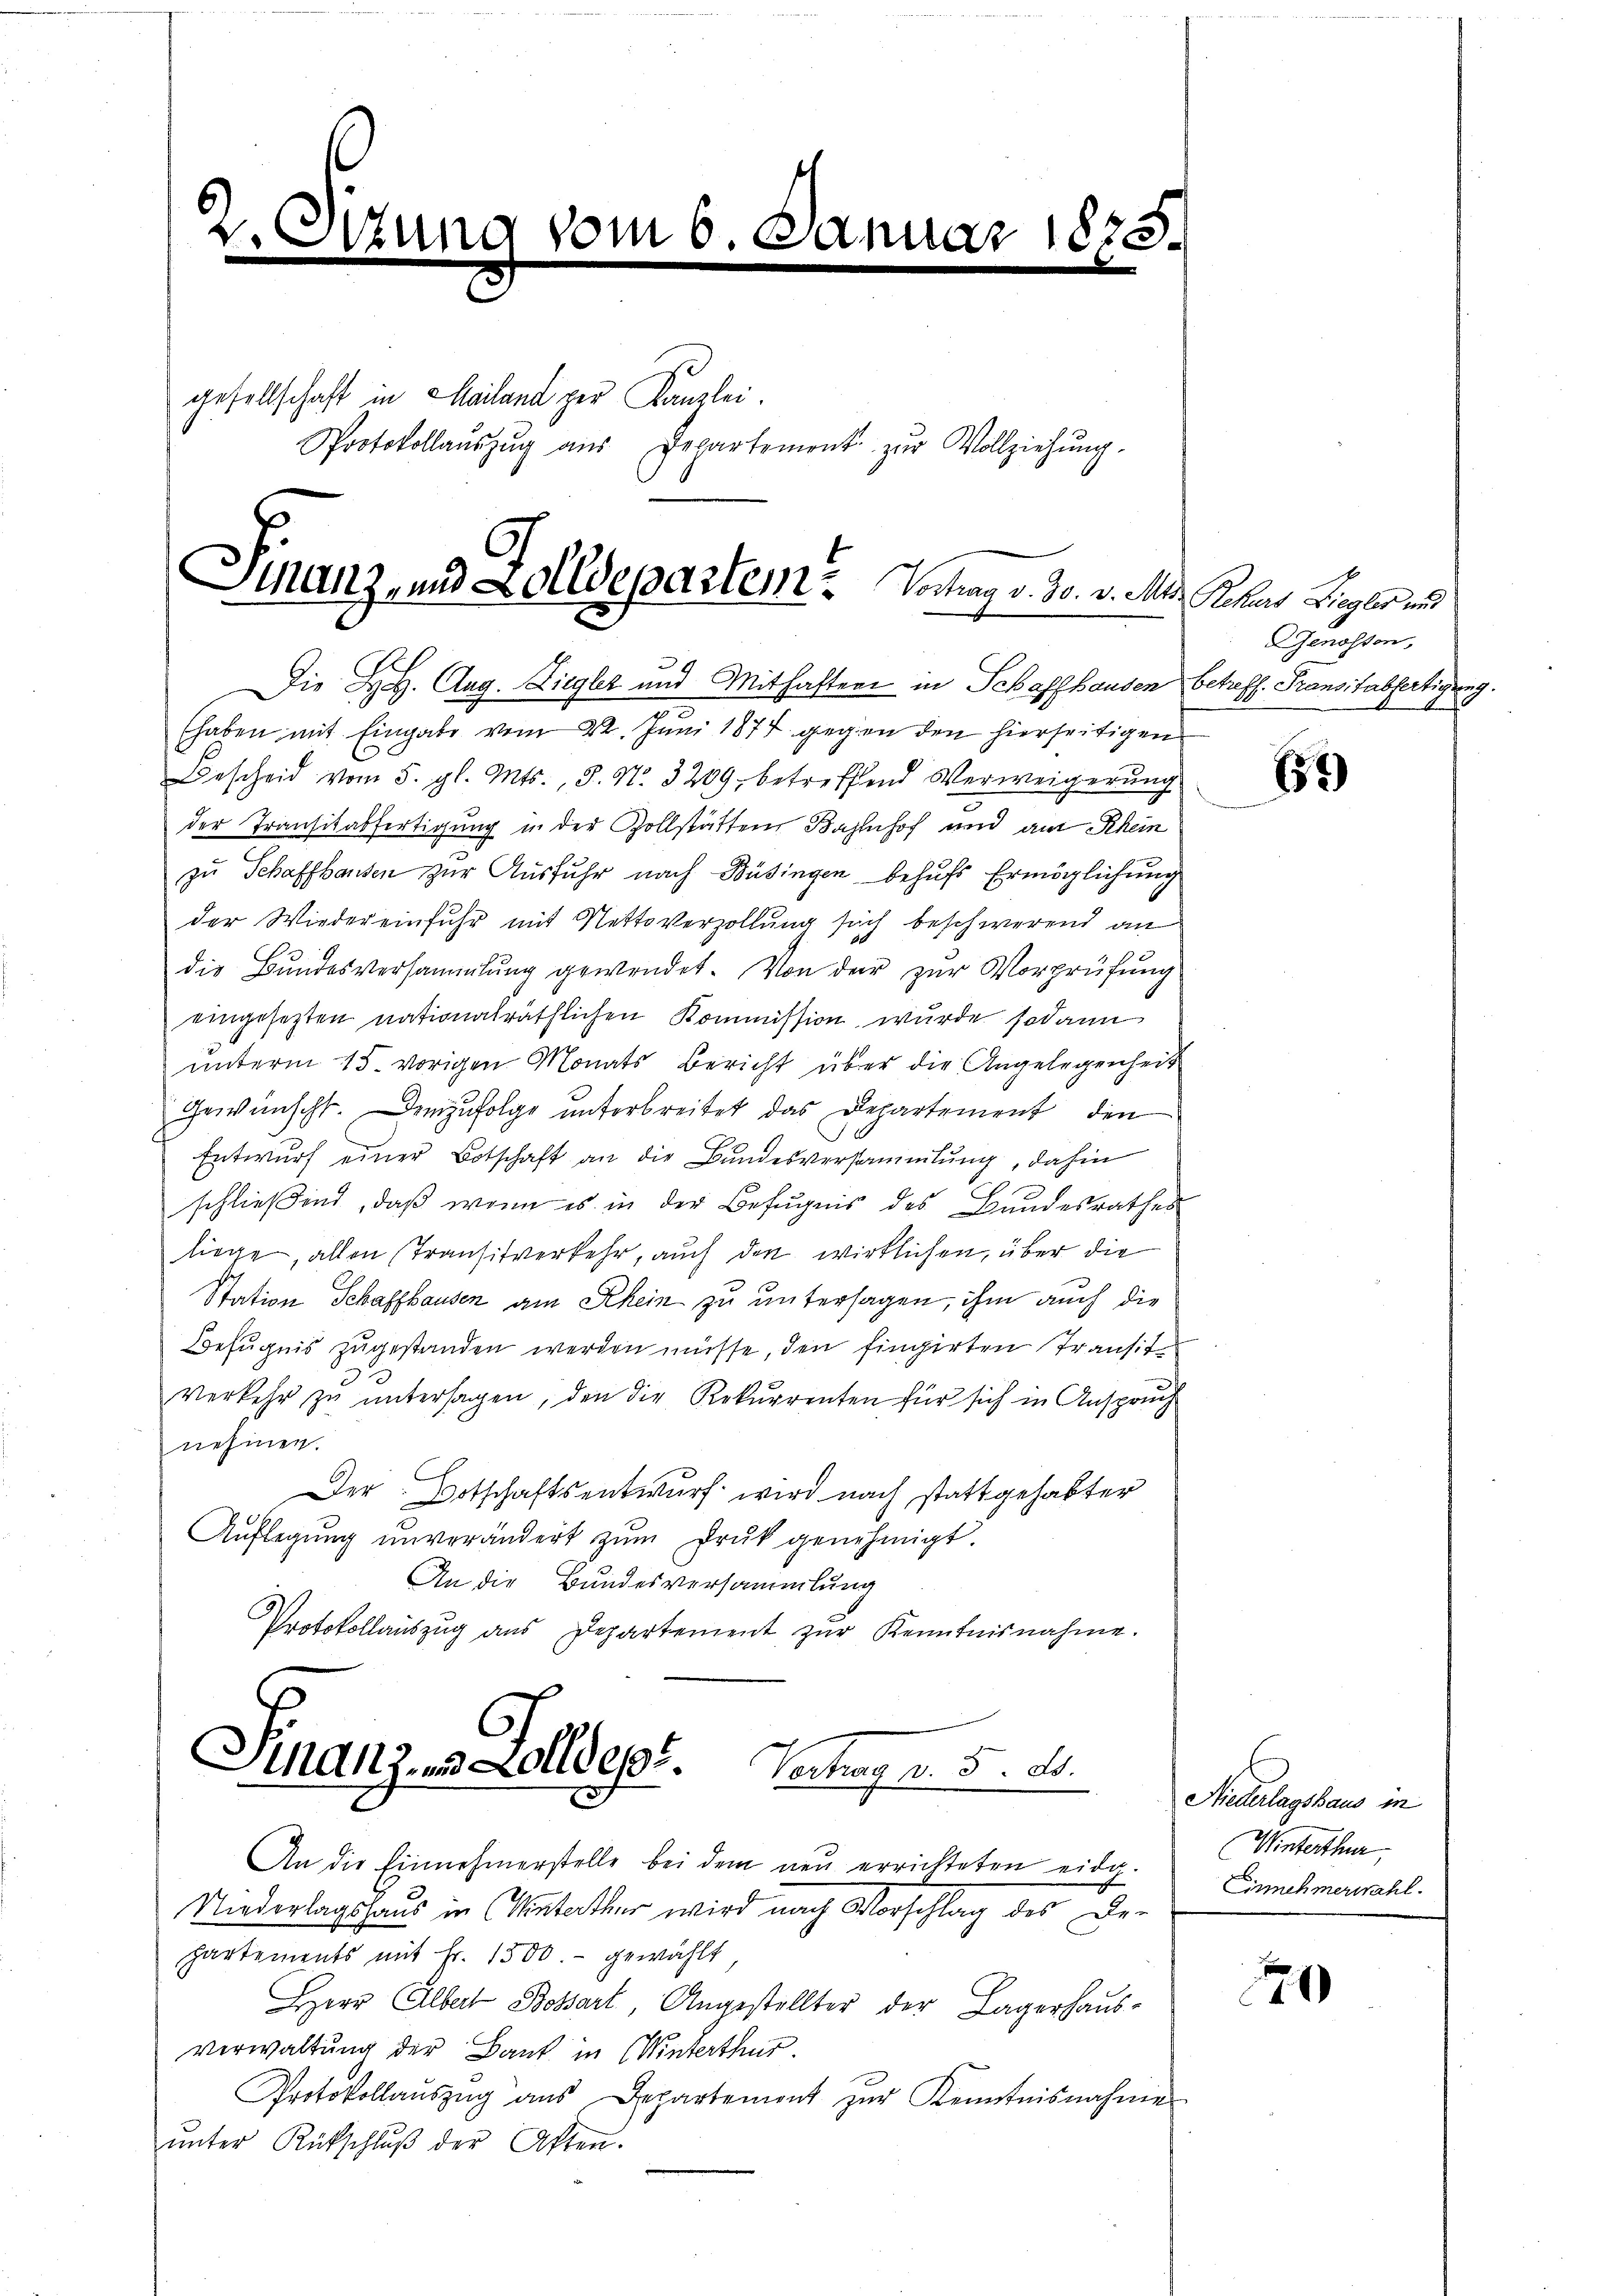
2
Sitzung vom 6. da
2

gesellschaft in Mailand per Kanzlei.
Protokollaŭszŭg aŭs Departement zŭr Vollziehŭng.

3
(haben mit Eingabe vom 22. Juni 1874 gegen den hierseitigen
Bescheid vom 5. gl. Mts., S. N. 3209 betreffend Verweigerŭng.
der Transitabfertigung in der Zollstätten Bahnhof und am Rhein
zu Schaffhausen zur Ausfuhr nach Büsingen behufs Ermöglichung
der Wiedereinfuhr mit Nettoverzollung sich beschwerend an
die Bundesversammlung gewendet. Von der zur Vorprüfung
eingesezten nationalräthlichen Kommission, wurde sodann
unterm 15. vorigen Monats Bericht über die Angelegenheit
Gewünscht. Demzufolge unterbreitet das Departement den
Entwurf einer Botschaft an die Bundesversammlung, dahin
schließend, daß wenn es in der Befugnis des Bundesrathes
liege, allen Transitverkehr, auch den wirklichen, über die
Station Schaffhausen am Rhein zu untersagen, ihm auch die
Befugnis zugestanden werden müsse, den fingirten Transitverkehr zŭ ŭntersagen, den die Rekurrenten für sich in Anspruch
nehmen.
Der Botschaftsentwurf wird nach stattgehabter
Auflegung unverändert zŭm Druk genehmigt.
An die Bundesversammlung
Protokollauszug aus Departement zur Kenntnisnahme.

Sinanz- und Zolldepartem . Vortrag v. 30. v. M. Beher Liegler und
Die H. H. Aug. Ziegler und Mithaften in Schaffhausen betreff. Transitabfertigung.

Finanz und Zolldeps. Verhag v. 5. ds.

An die Einnehmerstelle bei dem neu errichteten eide.
Niederlagshaus in Winterthur wird nach Vorschlag des Gepartements mit Fr. 1500.- gewählt,
Herr Albert Bossart, Angestellter der Lagerhaŭs-
Verwaltung der Bank in Winterthur.
Protokollaŭszŭg aŭs Departement zŭr Kenntnisnahme
ŭnter Rückschlŭβ der Akten.

1873

Genossen,

653

Niederlagshaus in
(Winterthur,
Einnehmerwahl.

0